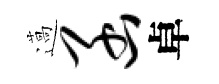
薖函卓